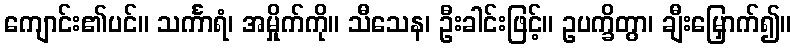
ကျောင်း၏ပင်။ သင်္ကာရံ၊ အမှိုက်ကို။ သီသေန၊ ဦးခါင်းဖြင့်။ ဥပက္ခိတွာ၊ ချီးမြှောက်၍။